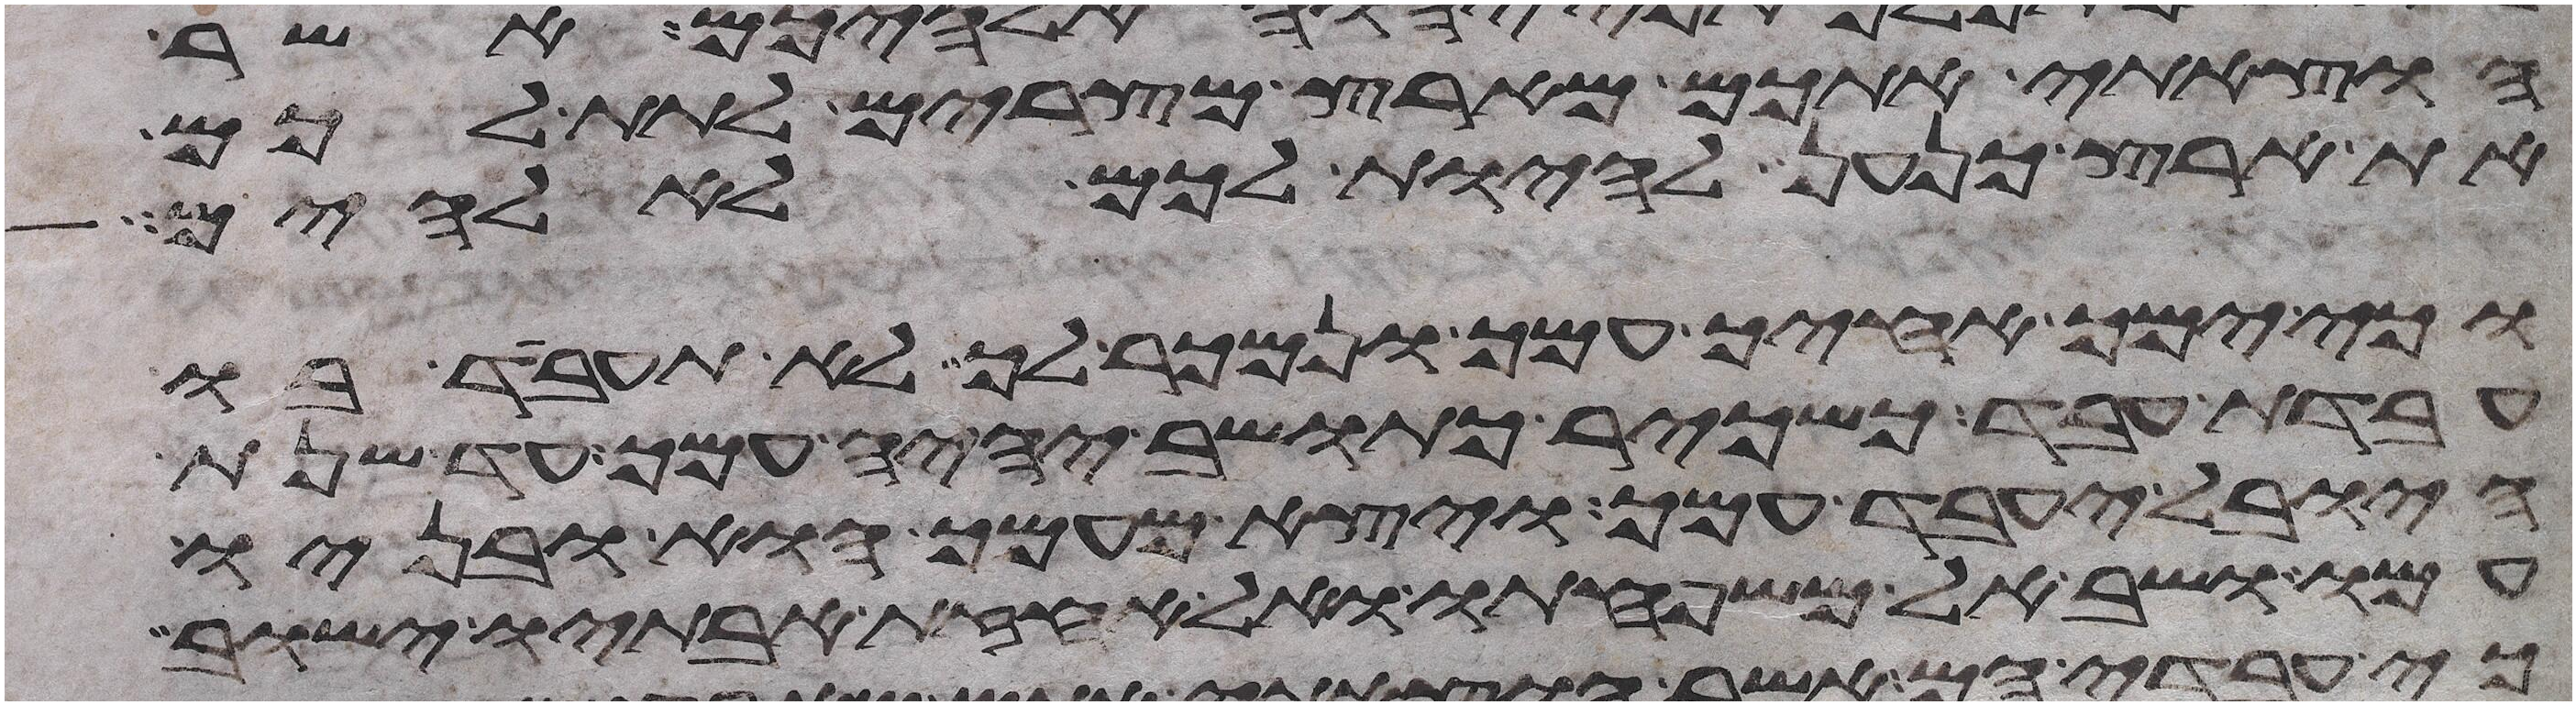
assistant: הוצאתי אתכם מארץ מצרים לתת לכם
את ארץ כנען להיות לכם לאלהים
וכי ימך אחיך עמך ונמכר לך לא תעבד בו
עבדת עבד כשכיר כתושב יהיה עמך עד שנת
היובל יעבד עמך ויצא מעמך הוא ובניו
עמו ושב אל משפחתו ואל אחזת אבתיו ישוב